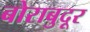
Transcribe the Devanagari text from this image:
बोराबुदूर